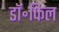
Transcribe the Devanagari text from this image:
डॉ॰फिल